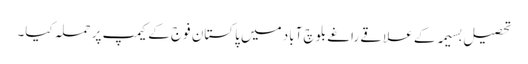
تحصیل بسیمہ کے علاقے راغے بلوچ آباد میں پاکستان فوج کے کیمپ پر حملہ کیا۔